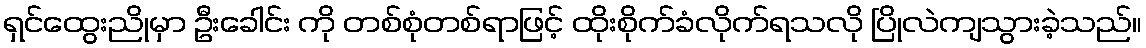
ရှင်ထွေးညိုမှာ ဦးခေါင်း ကို တစ်စုံတစ်ရာဖြင့် ထိုးစိုက်ခံလိုက်ရသလို ပြိုလဲကျသွားခဲ့သည်။